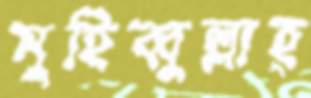
মুহিব্বুল্লাহ্